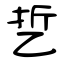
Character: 乴